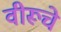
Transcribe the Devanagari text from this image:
वीरूचे